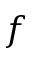
f